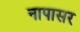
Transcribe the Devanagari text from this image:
नापासर